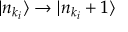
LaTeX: | n _ { k _ { i } } \rangle \rightarrow | n _ { k _ { i } } + 1 \rangle